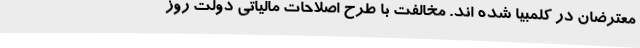
معترضان در کلمبیا شده اند. مخالفت با طرح اصلاحات مالیاتی دولت روز